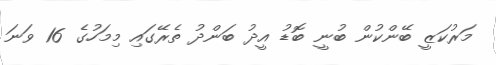
މަރުކަޒީ ބޭންކުން ބުނީ ބޮޑު އީދު ބަންދު ތެރޭގައި މިމަހުގެ 16 ވަނަ